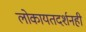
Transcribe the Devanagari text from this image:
लोकायतदर्शनही